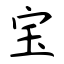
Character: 宝